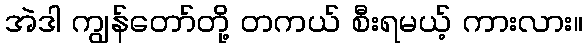
အဲဒါ ကျွန်တော်တို့ တကယ် စီးရမယ့် ကားလား။